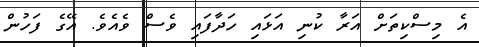
އެ މިސްކިތަށް އަރާ ކުނި އަޅައި ހަދާފައި ވެސް ވެއެވެ. އޭގެ ފަހުން